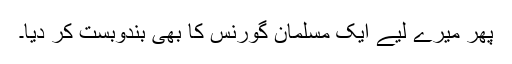
پھر میرے لیے ایک مسلمان گورنس کا بھی بندوبست کر دیا۔